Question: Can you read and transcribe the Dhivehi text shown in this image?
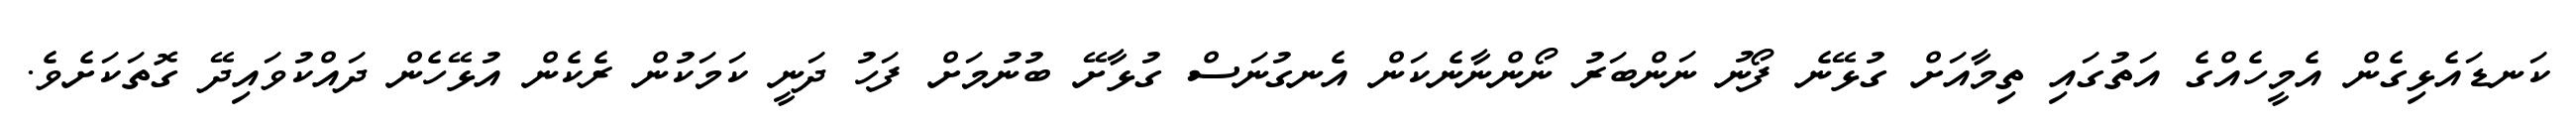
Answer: ކަނޑައެޅިގެން އެމީހެއްގެ އަތުގައި ތިމާއަށް ގުޅޭނެ ފޯނު ނަންބަރު ނޯންނާނެކަން އެނގުނަސް ގުޅާށޭ ބުނުމަށް ފަހު ދަނީ ކަމަކުން ރެކެން އުޅޭހެން ދައްކުވައިދޭ ގޮތަކަށެވެ.